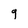
Character: 9